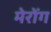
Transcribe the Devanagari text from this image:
मेरोंग